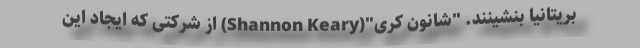
بریتانیا بنشینند. "شانون کری"(Shannon Keary) از شرکتی که ایجاد این